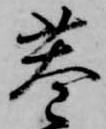
巷